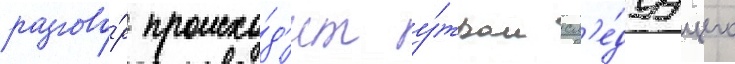
разгово́р происхо́д'ит у́тром сл'е́дуущего